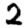
Digit: 2